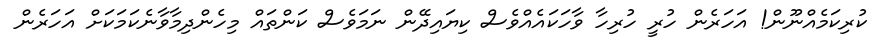
ކުރިކަމެއްނޫން! އަހަރެން ހުރީ ހުރިހާ ވާހަކައެއްވެސް ކިޔައިދޭން ނަމަވެސް ކަންތައް މިހެންދިމާވާނެކަމަކަށް އަހަރެން